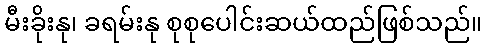
မီးခိုးနု၊ ခရမ်းနု စုစုပေါင်းဆယ်ထည်ဖြစ်သည်။